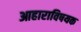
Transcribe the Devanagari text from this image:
आहाराविषयक